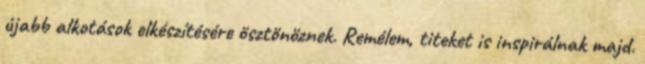
újabb alkotások elkészítésére ösztönöznek. Remélem, titeket is inspirálnak majd.